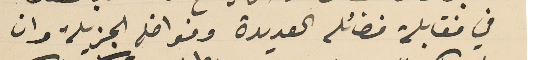
في فقابلة فضائله العديدة وفواضله الجزيلة وان